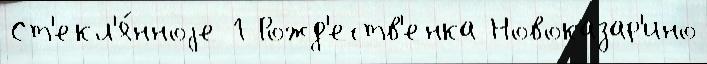
Ст'екл'я́нноjе 1 Рожд'еств'енка Новоказар'ино